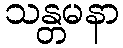
သန္တမနာ